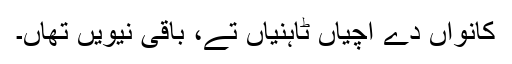
کانواں دے اُچیاں ٹاہنیاں تے، باقی نیویں تھاں۔